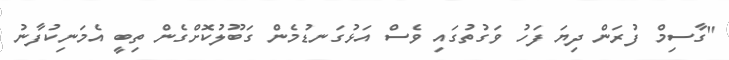
"ގާސިމް ފުރަން ދިޔަ ފަހު ވަގުތުގައި ވެސް އަޅުގަނޑުމެން ގަބޫލުކޮށްގެން ތިބީ އެމަނިކުފާނު